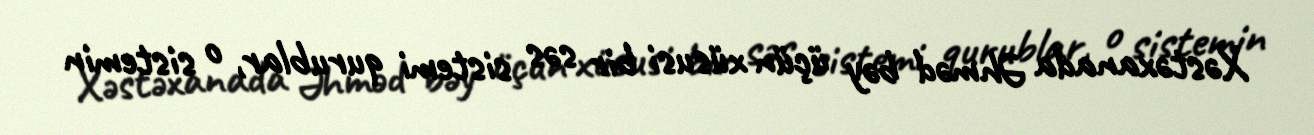
Xəstəxanada Əhməd bəy üçün xüsusi bir səs sistemi qurublar, o sistemin